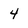
Character: 4